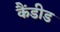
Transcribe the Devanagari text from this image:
कैंडीड